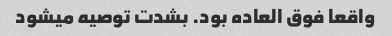
واقعا فوق العاده بود. بشدت توصیه میشود